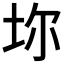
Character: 𡊑